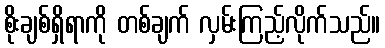
စိုးချစ်ရှိရာကို တစ်ချက် လှမ်းကြည့်လိုက်သည်။